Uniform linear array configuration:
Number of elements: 12
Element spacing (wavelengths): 0.75
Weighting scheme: hamming
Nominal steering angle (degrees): -30
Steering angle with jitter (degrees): -28.319
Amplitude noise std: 0.05
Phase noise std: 0.05

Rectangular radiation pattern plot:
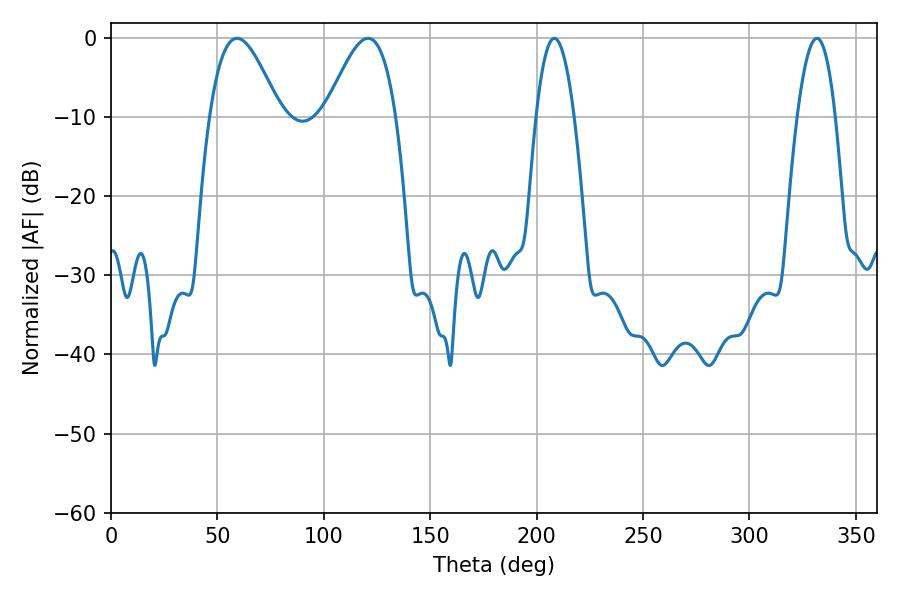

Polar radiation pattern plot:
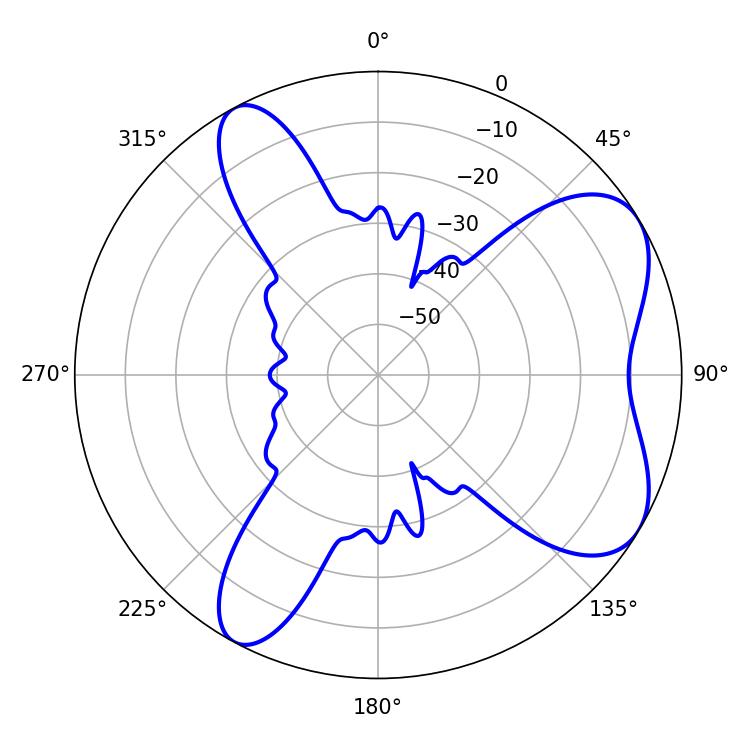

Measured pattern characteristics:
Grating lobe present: TRUE
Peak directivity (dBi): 6.565
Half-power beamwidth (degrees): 17.82
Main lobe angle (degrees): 59.22